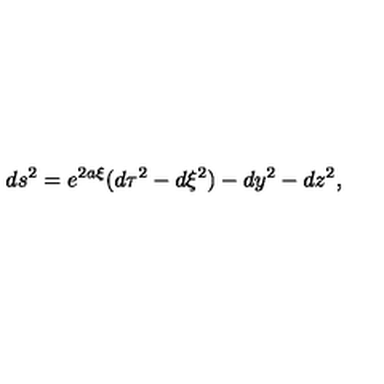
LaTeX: d s ^ { 2 } = e ^ { 2 a \xi } ( d \tau ^ { 2 } - d \xi ^ { 2 } ) - d y ^ { 2 } - d z ^ { 2 } ,